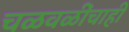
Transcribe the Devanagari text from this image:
चळवळींचाही